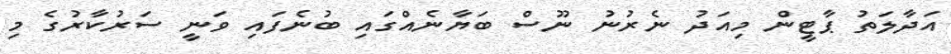
އަދާލަތު ޕާޓީން މިއަދު ނެރުނު ނޫސް ބަޔާނެއްގައި ބުނެފައި ވަނީ ސަރުކާރުގެ މި